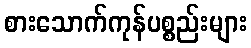
စားသောက်ကုန်ပစ္စည်းများ